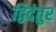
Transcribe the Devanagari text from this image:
द्विदंतुर